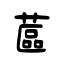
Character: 蓲